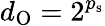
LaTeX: d_{\mathrm{O}}=2^{p_{\mathrm{s}}}